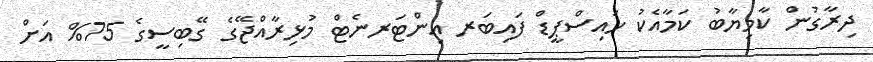
ދިރާގުން ކާމިޔާބު ކަމާއެކު ހައިސްޕީޑް ފައިބަރ އިންޓަރނެޓް މުޅިރާއްޖޭގެ ގޭބިސީގެ 75% އަށް